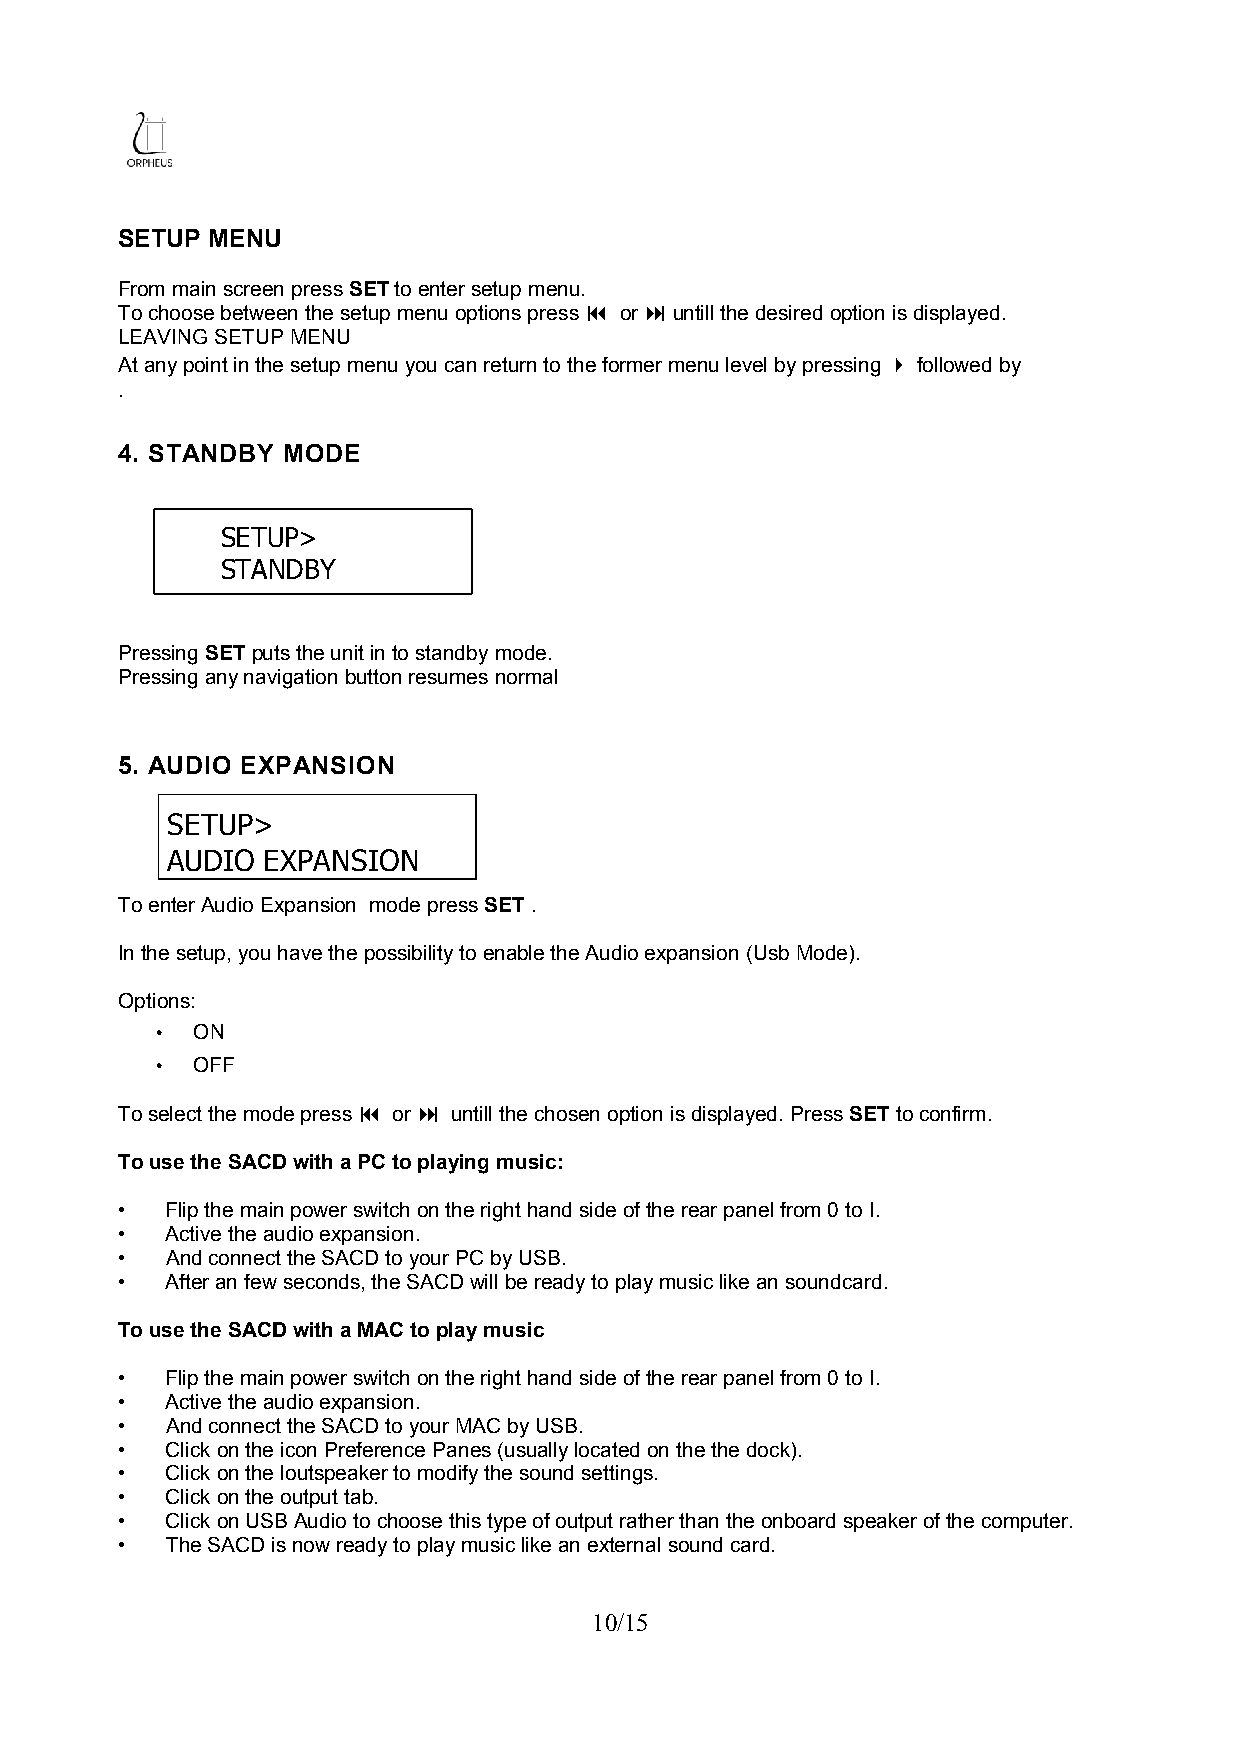
SETUP MENU
 From main screen press SET to enter setup menu.
 To choose between the setup menu options press  or  untill the desired option is displayed.
 LEAVING SETUP MENU
 At any point in the setup menu you can return to the former menu level by pressing  followed by
 .
 4. STANDBY MODE
 SETUP>
 STANDBY
 Pressing SET puts the unit in to standby mode.
 Pressing any navigation button resumes normal
 5. AUDIO EXPANSION
 SETUP>
 AUDIO EXPANSION
 To enter Audio Expansion mode press SET .
 In the setup, you have the possibility to enable the Audio expansion (Usb Mode).
 Options:
 •  ON
 •  OFF
 To select the mode press  or  untill the chosen option is displayed. Press SET to confirm.
 To use the SACD with a PC to playing music:
 •  Flip the main power switch on the right hand side of the rear panel from 0 to I.
 •  Active the audio expansion.
 •  And connect the SACD to your PC by USB.
 •  After an few seconds, the SACD will be ready to play music like an soundcard.
 To use the SACD with a MAC to play music
 •  Flip the main power switch on the right hand side of the rear panel from 0 to I.
 •  Active the audio expansion.
 •  And connect the SACD to your MAC by USB.
 •  Click on the icon Preference Panes (usually located on the the dock).
 •  Click on the loutspeaker to modify the sound settings.
 •  Click on the output tab.
 •  Click on USB Audio to choose this type of output rather than the onboard speaker of the computer.
 •  The SACD is now ready to play music like an external sound card.
 10/15